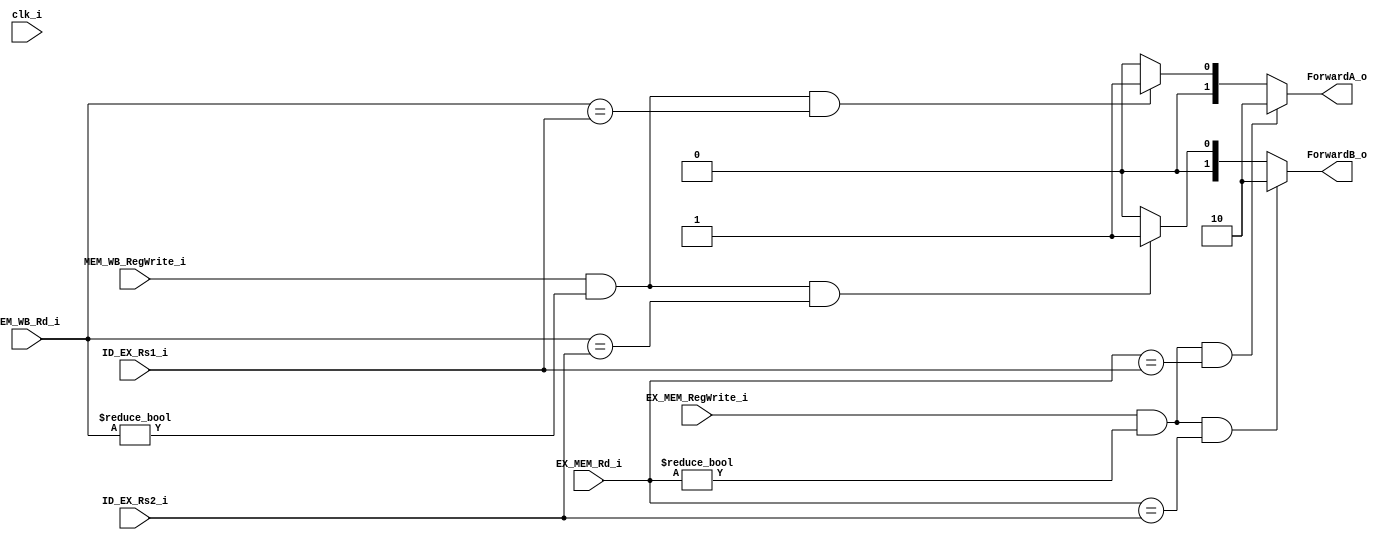
module Forwarding_Unit(
   input clk_i,
   input [4:0] ID_EX_Rs1_i,
   input [4:0] ID_EX_Rs2_i, 
   input EX_MEM_RegWrite_i,
   input [4:0] EX_MEM_Rd_i, 
   input [4:0] MEM_WB_Rd_i,
   input MEM_WB_RegWrite_i,
   output [1:0] ForwardA_o,
   output [1:0] ForwardB_o
);
reg [1:0] ForwardA_o, ForwardB_o;

always @(MEM_WB_RegWrite_i or MEM_WB_Rd_i or ID_EX_Rs1_i or ID_EX_Rs2_i or EX_MEM_RegWrite_i or EX_MEM_Rd_i) begin
    ForwardA_o = 2'b00;
    ForwardB_o = 2'b00;
    if(MEM_WB_RegWrite_i == 1'b1 && (MEM_WB_Rd_i != 0) && (MEM_WB_Rd_i == ID_EX_Rs1_i)) 
        ForwardA_o = 2'b01;
    if(MEM_WB_RegWrite_i == 1'b1 && (MEM_WB_Rd_i != 0) && (MEM_WB_Rd_i == ID_EX_Rs2_i)) 
        ForwardB_o = 2'b01;
    if(EX_MEM_RegWrite_i == 1'b1 && (EX_MEM_Rd_i != 0) && (EX_MEM_Rd_i == ID_EX_Rs1_i)) 
        ForwardA_o = 2'b10;
    if(EX_MEM_RegWrite_i == 1'b1 && (EX_MEM_Rd_i != 0) && (EX_MEM_Rd_i == ID_EX_Rs2_i)) 
        ForwardB_o = 2'b10;
end
endmodule